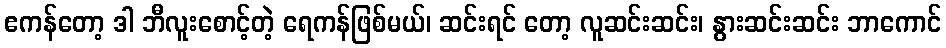
ဧကန်တော့ ဒါ ဘီလူးစောင့်တဲ့ ရေကန်ဖြစ်မယ်၊ ဆင်းရင် တော့ လူဆင်းဆင်း၊ နွားဆင်းဆင်း ဘာကောင်